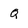
Character: Q